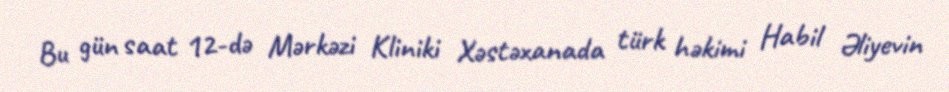
Bu gün saat 12-də Mərkəzi Kliniki Xəstəxanada türk həkimi Habil Əliyevin